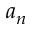
a _ { n }